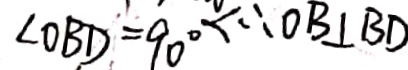
\angle O B D = 9 0 ^ { \circ } \therefore O B \bot B D